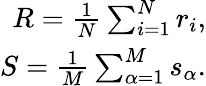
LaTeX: \begin{array}{r}{R=\frac{1}{N}\sum_{i=1}^{N}r_{i},}\\ {S=\frac{1}{M}\sum_{\alpha=1}^{M}s_{\alpha}.}\end{array}